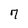
Character: 7